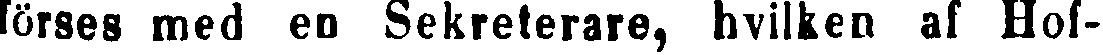
förses med en Sekreterare, hvilken af Hof-